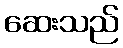
ဆေးသည်